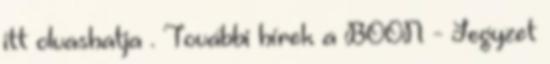
itt olvashatja . További hírek a BOON - Jegyzet